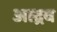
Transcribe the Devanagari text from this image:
आद्रव